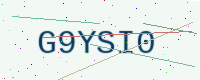
Text: G9YSI0